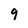
Character: 9